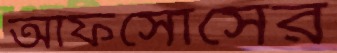
আফসোসের